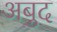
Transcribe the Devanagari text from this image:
अबुद